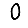
Digit: 0